Vaccination in Bombay 1869-1873 - 1869-1873
Year: 1869
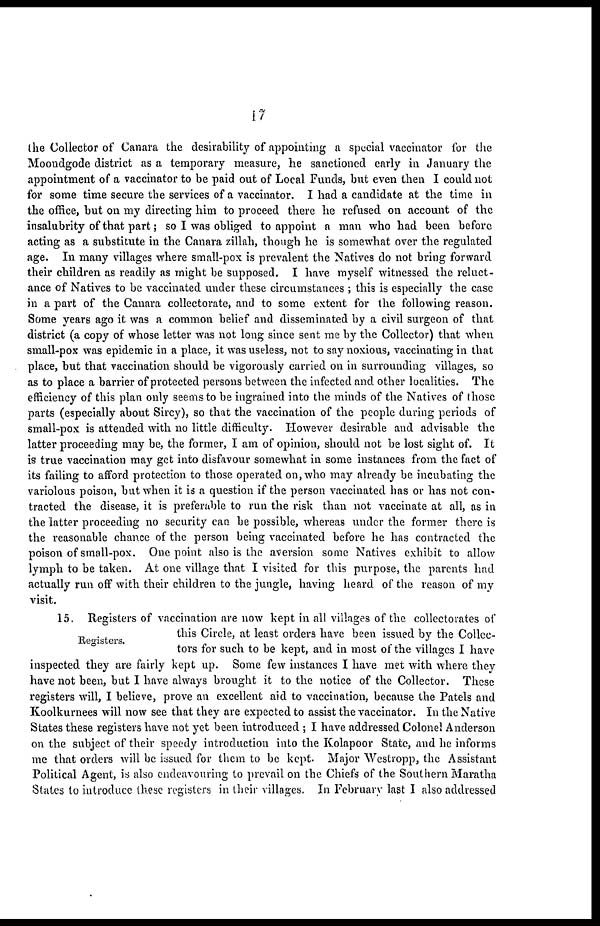
17
the Collector of Canara the desirability of appointing a special vaccinator for the
Mooudgode district as a temporary measure, he sanctioned early in January the
appointment of a vaccinator to be paid out of Local Funds, but even then I could not
for some time secure the services of a vaccinator. I had a candidate at the time in
the office, but on my directing him to proceed there he refused on account of the
insalubrity of that part; so I was obliged to appoint a man who had been before
acting as a substitute in the Canara zillah, though he is somewhat over the regulated
age. In many villages where small-pox is prevalent the Natives do not bring forward
their children as readily as might be supposed. I have myself witnessed the reluct-
ance of Natives to be vaccinated under these circumstances ; this is especially the case
in a part of the Canara collectorate, and to some extent for the following reason.
Some years ago it was a common belief and disseminated by a civil surgeon of that
district (a copy of whose letter was not long since sent me by the Collector) that when
small-pox was epidemic in a place, it was useless, not to say noxious, vaccinating in that
place, but that vaccination should be vigorously carried on in surrounding villages, so
as to place a barrier of protected persons between the infected and other localities. The
efficiency of this plan only seems to be ingrained into the minds of the Natives of those
parts (especially about Sircy), so that the vaccination of the people during periods of
small-pox is attended with no little difficulty. However desirable and advisable the
latter proceeding may be, the former, I am of opinion, should not be lost sight of. It
is true vaccination may get into disfavour somewhat in some instances from the fact of
its failing to afford protection to those operated on, who may already be incubating the
variolous poison, but when it is a question if the person vaccinated has or has not con-
tracted the disease, it is preferable to run the risk than not vaccinate at all, as in
the latter proceeding no security can be possible, whereas under the former there is
the reasonable chance of the person being vaccinated before he has contracted the
poison of small-pox. One point also is the aversion some Natives exhibit to allow
lymph to be taken. At one village that I visited for this purpose, the parents had
actually run off with their children to the jungle, having heard of the reason of my
visit.
Registers.
15. Registers of vaccination are now kept in all villages of the collectorates of
this Circle, at least orders have been issued by the Collec-
tors for such to be kept, and in most of the villages I have
inspected they are fairly kept up. Some few instances I have met with where they
have not been, but I have always brought it to the notice of the Collector. These
registers will, I believe, prove an excellent aid to vaccination, because the Patels and
Koolkurnees will now see that they are expected to assist the vaccinator. In the Native
States these registers have not yet been introduced ; I have addressed Colonel Anderson
on the subject of their speedy introduction into the Kolapoor State, and he informs
me that orders will be issued for them to be kept. Major Westropp, the Assistant
Political Agent, is also endeavouring to prevail on the Chiefs of the Southern Maratha
States to introduce these registers in their villages. In February last I also addressed